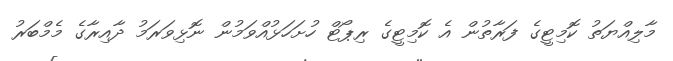
މާލިއްޔަތު ކޮމިޓީގެ ފަރާތުން އެ ކޮމިޓީގެ ރިޕޯޓް ހުށަހަޅުއްވަމުން ނޮޅިވަރަމު ދާއިރާގެ މެމްބަރު